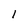
Character: 1